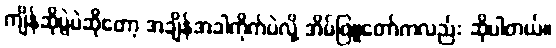
ကျိန်ဆိုပွဲပဲဆိုတော့ အချိန်အခါကိုက်ပဲလို့ အိမ်ဖြူတော်ကလည်း ဆိုပါတယ်။